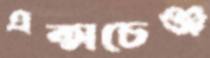
এক্সচেঞ্জ